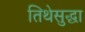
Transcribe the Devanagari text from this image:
तिथेसुद्धा